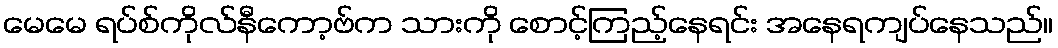
မေမေ ရပ်စ်ကိုလ်နီကော့ဗ်က သားကို စောင့်ကြည့်နေရင်း အနေရကျပ်နေသည်။